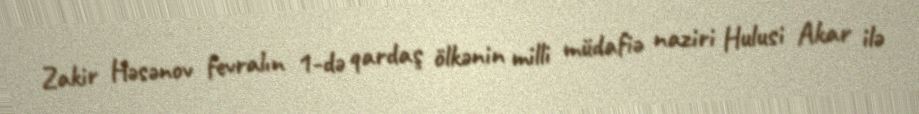
Zakir Həsənov fevralın 1-də qardaş ölkənin milli müdafiə naziri Hulusi Akar ilə